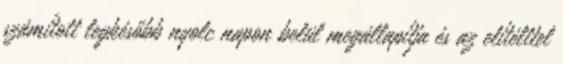
számított legkésőbb nyolc napon belül megállapítja és az elítélttel